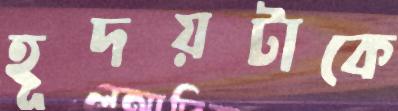
হূদয়টাকে